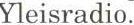
Yleisradio.